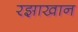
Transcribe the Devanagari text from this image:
रझाखान